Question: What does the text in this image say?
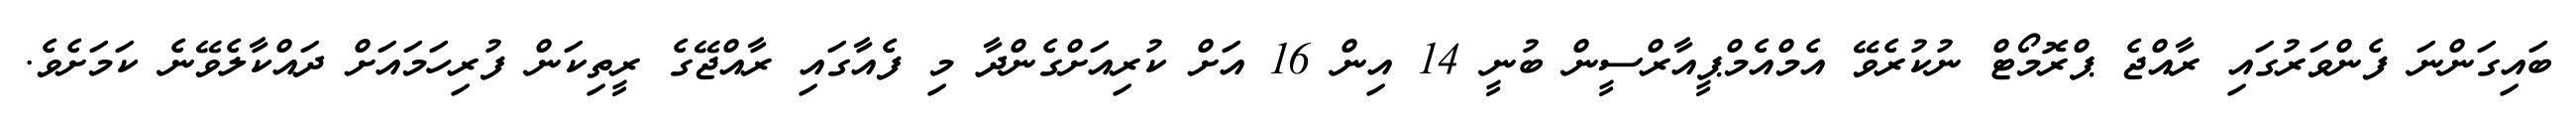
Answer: ބައިގަންނަ ފެންވަރުގައި ރާއްޖެ ޕްރޮމޯޓް ނުކުރެވޭ އެމްއެމްޕީއާރްސީން ބުނީ 14 އިން 16 އަށް ކުރިއަށްގެންދާ މި ފެއާގައި ރާއްޖޭގެ ރީތިކަން ފުރިހަމައަށް ދައްކާލެވޭނެ ކަމަށެވެ.